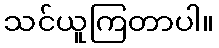
သင်ယူကြတာပါ။